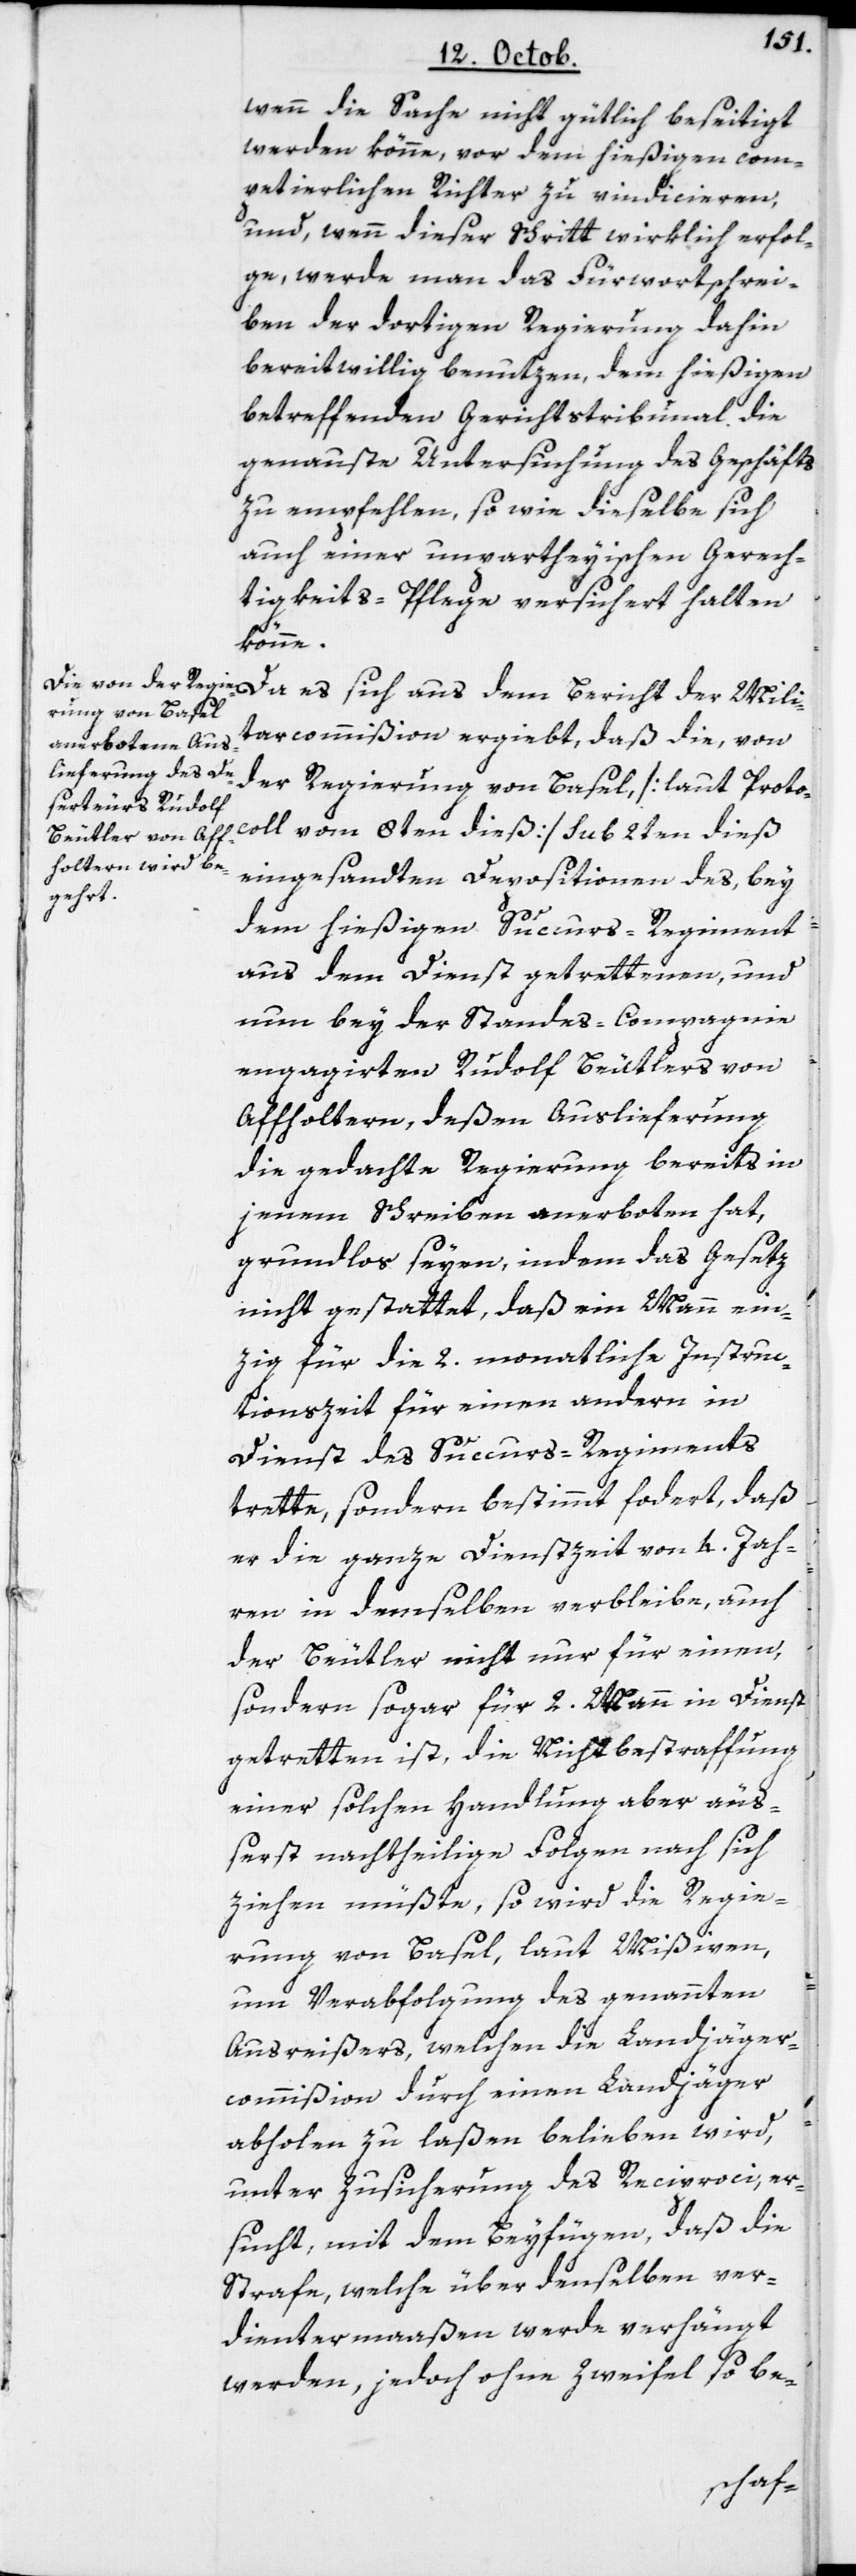
wenn die Sache nicht gütlich beseitigt
werden könne, vor dem hießigen com¬
petierlichen Richter zu vindicieren,
und wenn dieser Schritt wirklich erfol¬
ge, werde man das Fürwortschrei¬
ben der dortigen Regierung dahin
bereitwillig benutzen, dem hießigen
betreffenden Gerichtstribunal die
genauste Untersuchung des Geschäfts
zu empfehlen, sowie dieselbe sich
auch einer unpartheyischen Gerech¬
tigkeits-Pflege versichert halten
könne.
Da es sich aus dem Bericht der Mili¬
tarcommißion ergiebt, daß die, von
der Regierung von Basel [laut Proto¬
coll vom 8ten dies] sub 2ten dieß
eingesandten Depositionen des, bey
dem hießigen Succurs-Regiment
aus dem Dienst getrettenen, und
nun bey der Standes-Compagnie
engagierten Rudolf Beutlers von
Affholtern, deßen Auslieferung
die gedachte Regierung bereits in
jenem Schreiben anerboten hat,
grundlos seyen, indem das Gesetz
nicht gestattet, daß ein Mann ein¬
zig für die 2. monatliche Instruc¬
tionszeit für einen andern in
Dienst des Succurs-Regiments
trette, sondern bestimmt fordert, daß
er die ganze Dienstzeit von 4. Jah¬
ren in demselben verbleibe, auch
der Beutler nicht nur für einen,
sondern sogar für 2. Mann in Dienst
getretten ist, die Nichtbestraffung
einer solchen Handlung aber äuß¬
erst nachtheilige Folgen nach sich
ziehen müßte, so wird die Regie¬
rung von Basel, laut Mißiven,
um Verabfolgung des genannten
Ausreißers, welchen die Landjäger¬
commißion durch einen Landjäger
abholen zu laßen belieben wird,
unter Zusicherung des Reciproci er¬
sucht, mit dem Beyfügen, daß die
Strafe, welche über denselben ver¬
dientermaaßen werde verhängt
werden, jedoch ohne Zweifel so be-